kultuurilooline_kollektsioon, lk 73
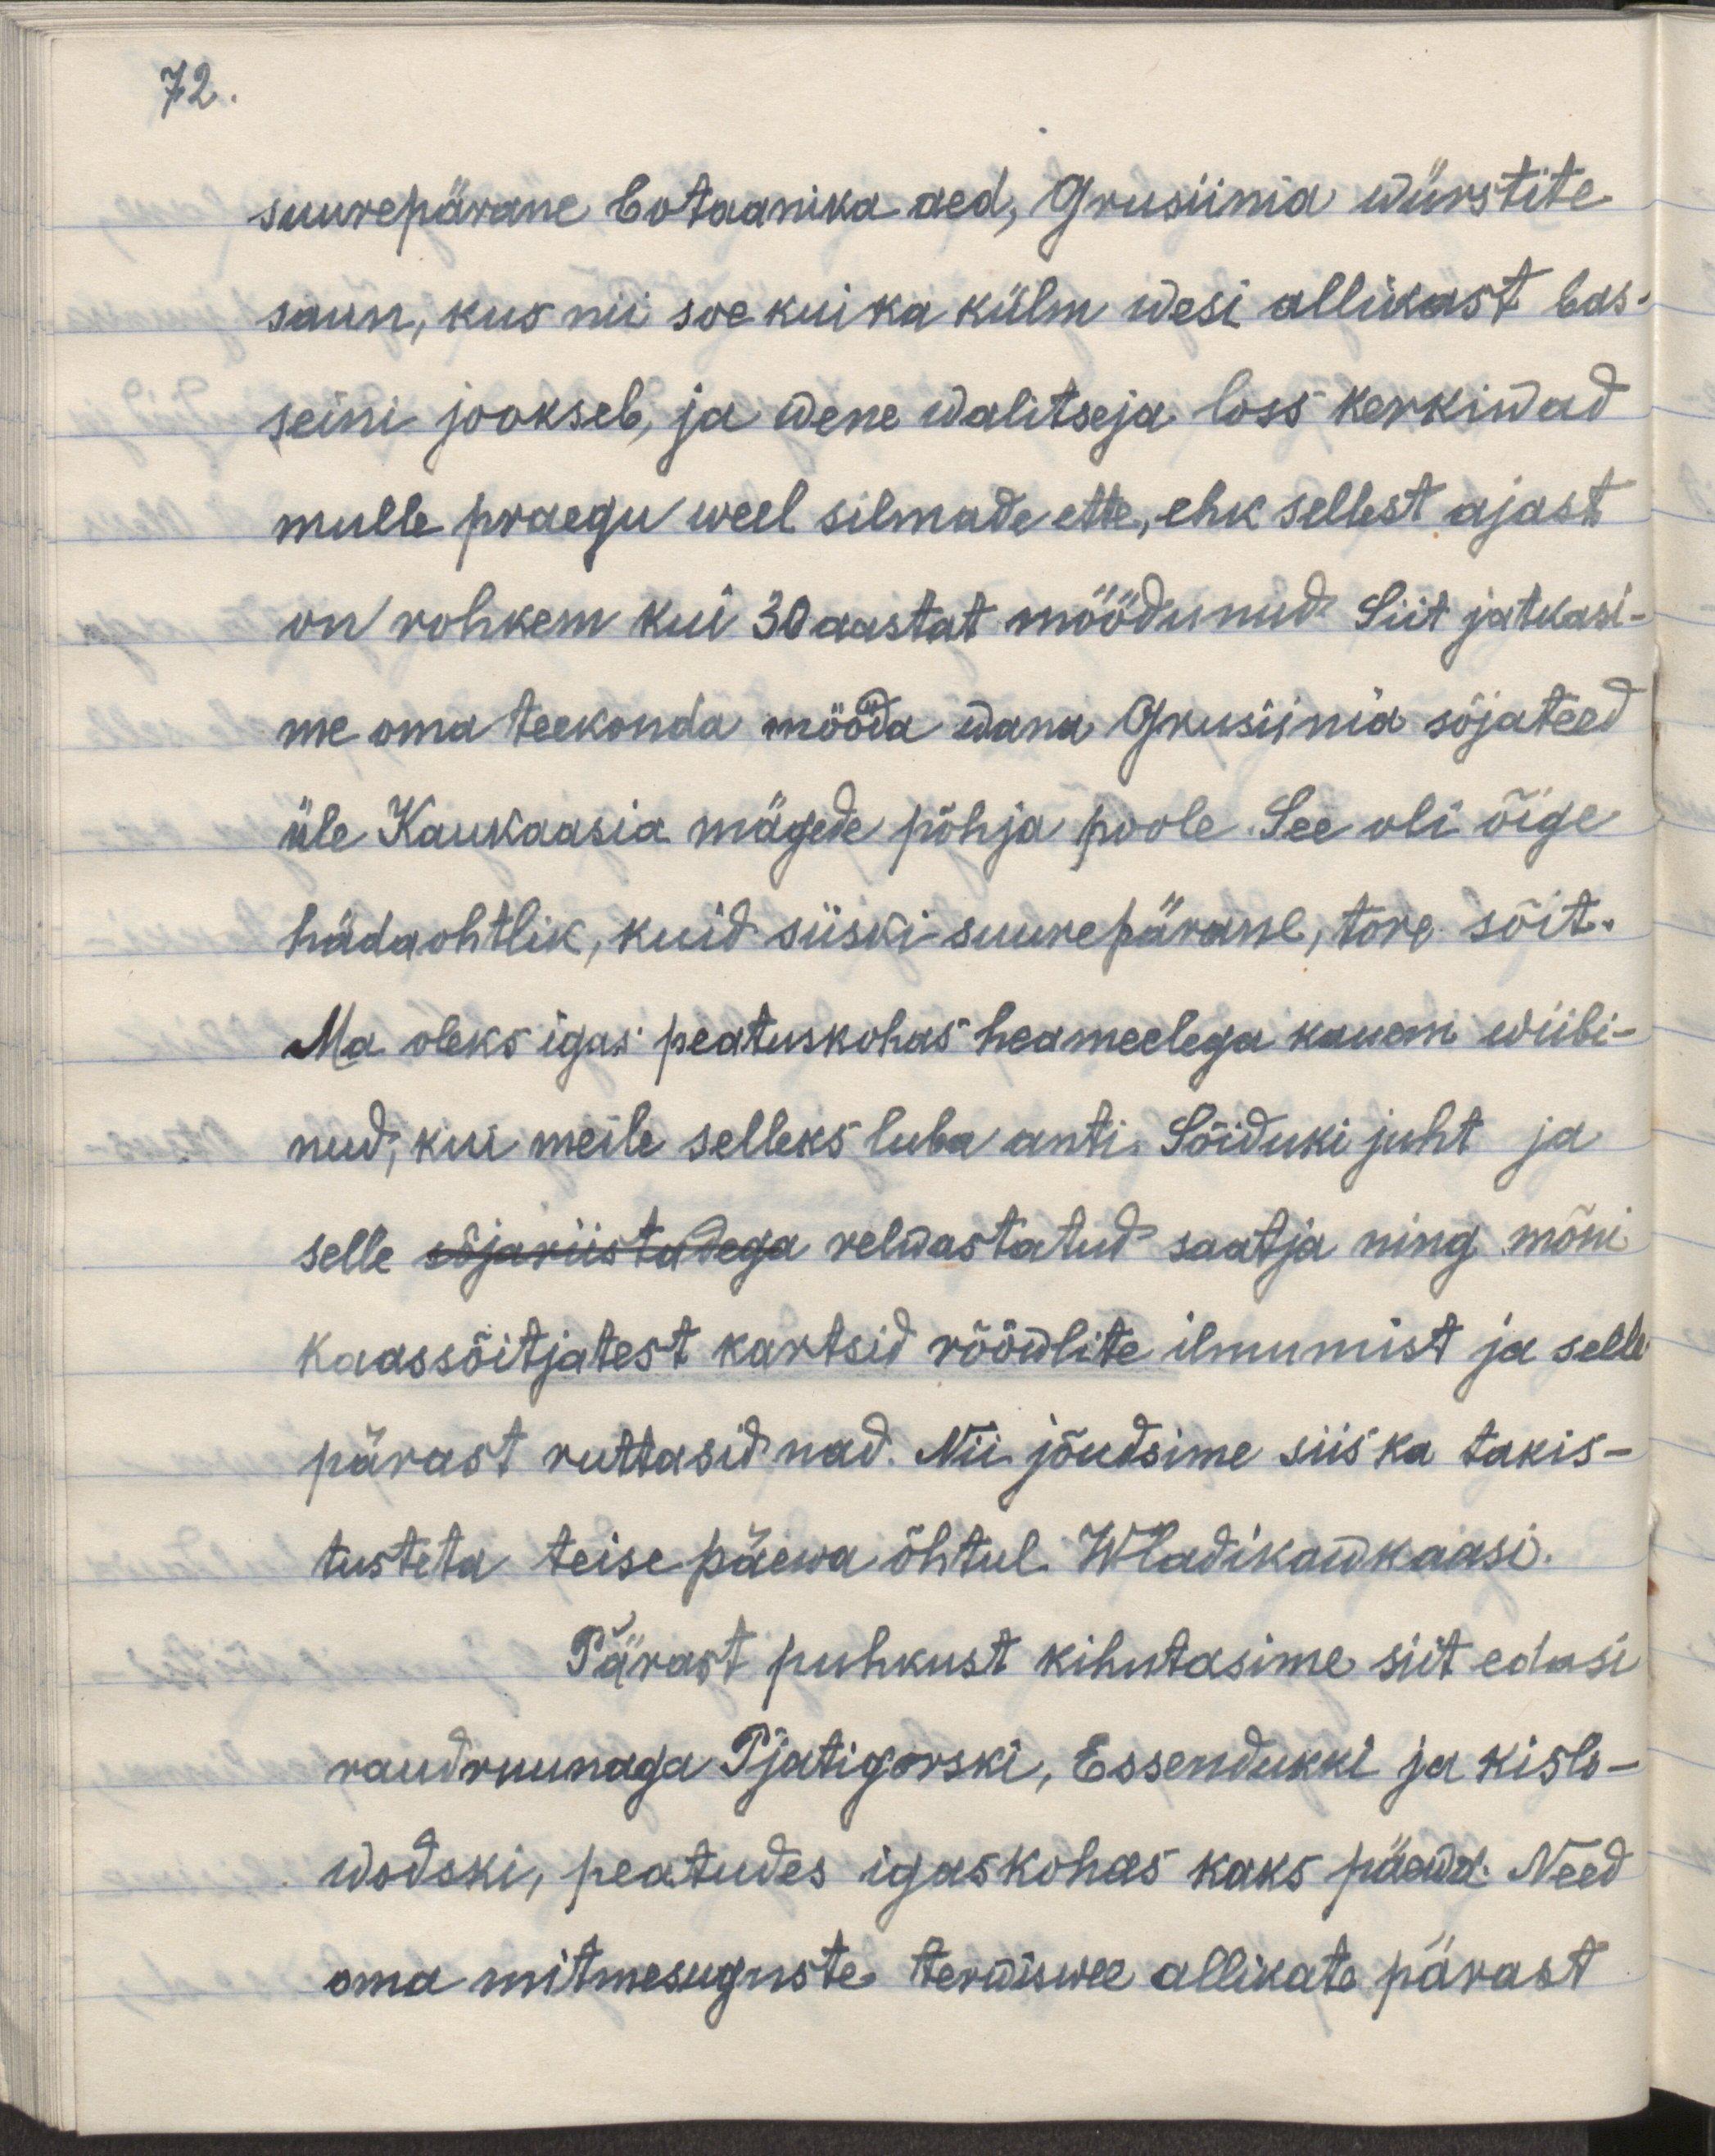
72.

suurepärane botaanika aed, Gruusiinia würstite
saun, kus nii soe kui ka külm wesi allikast bas-
seini jookseb, ja wene walitseja loss kerkiwad
mulle praegu weel silmade ette, ehk sellest ajast
on rohkem kui 30 aastat möödunud. Siit jätkasime
me oma teekonda mööda wana Grusiinia sõjateed
üle Kaukaasia mägede põhja poole. See oli õige
hädaohtlik, kuid siiski suurepärane, tore sõit.
Ma oleks igas peatuskohas heameelega kauem wiibi-
nud, kui meile selleks luba anti. Sõiduki juht ja
selle sõjariistadega relwastatud saatja ning mõni
kaassõitjatest kartsid wõõraste ilmumist ja selle
pärast ruttasid nad. Nii jõudsime siis ka takis-
tusteta teise päewa õhtul Wladikawkaasi.
Pärast puhkust kihutasime siit edasi
raudruunaga Pjatigorski, Essendukki ja Kislo-
wodski, peatudes igaskohas kaks päeva. Need
oma mitmesuguste terwiswee allikate pärast